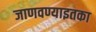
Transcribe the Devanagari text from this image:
जाणवण्याइतका